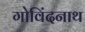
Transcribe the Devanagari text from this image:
गोविंदनाथ